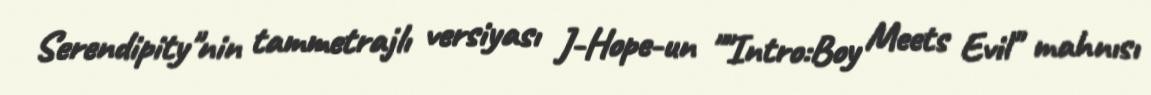
Serendipity"nin tammetrajlı versiyası J-Hope-un ""Intro:Boy Meets Evil" mahnısı